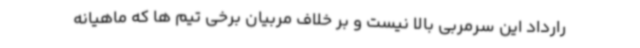
رارداد این سرمربی بالا نیست و بر خلاف مربیان برخی تیم ها که ماهیانه